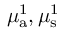
\mu _ { { \mathrm a } } ^ { 1 } , \mu _ { \mathrm { s } } ^ { 1 }